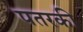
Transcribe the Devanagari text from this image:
पतरकी